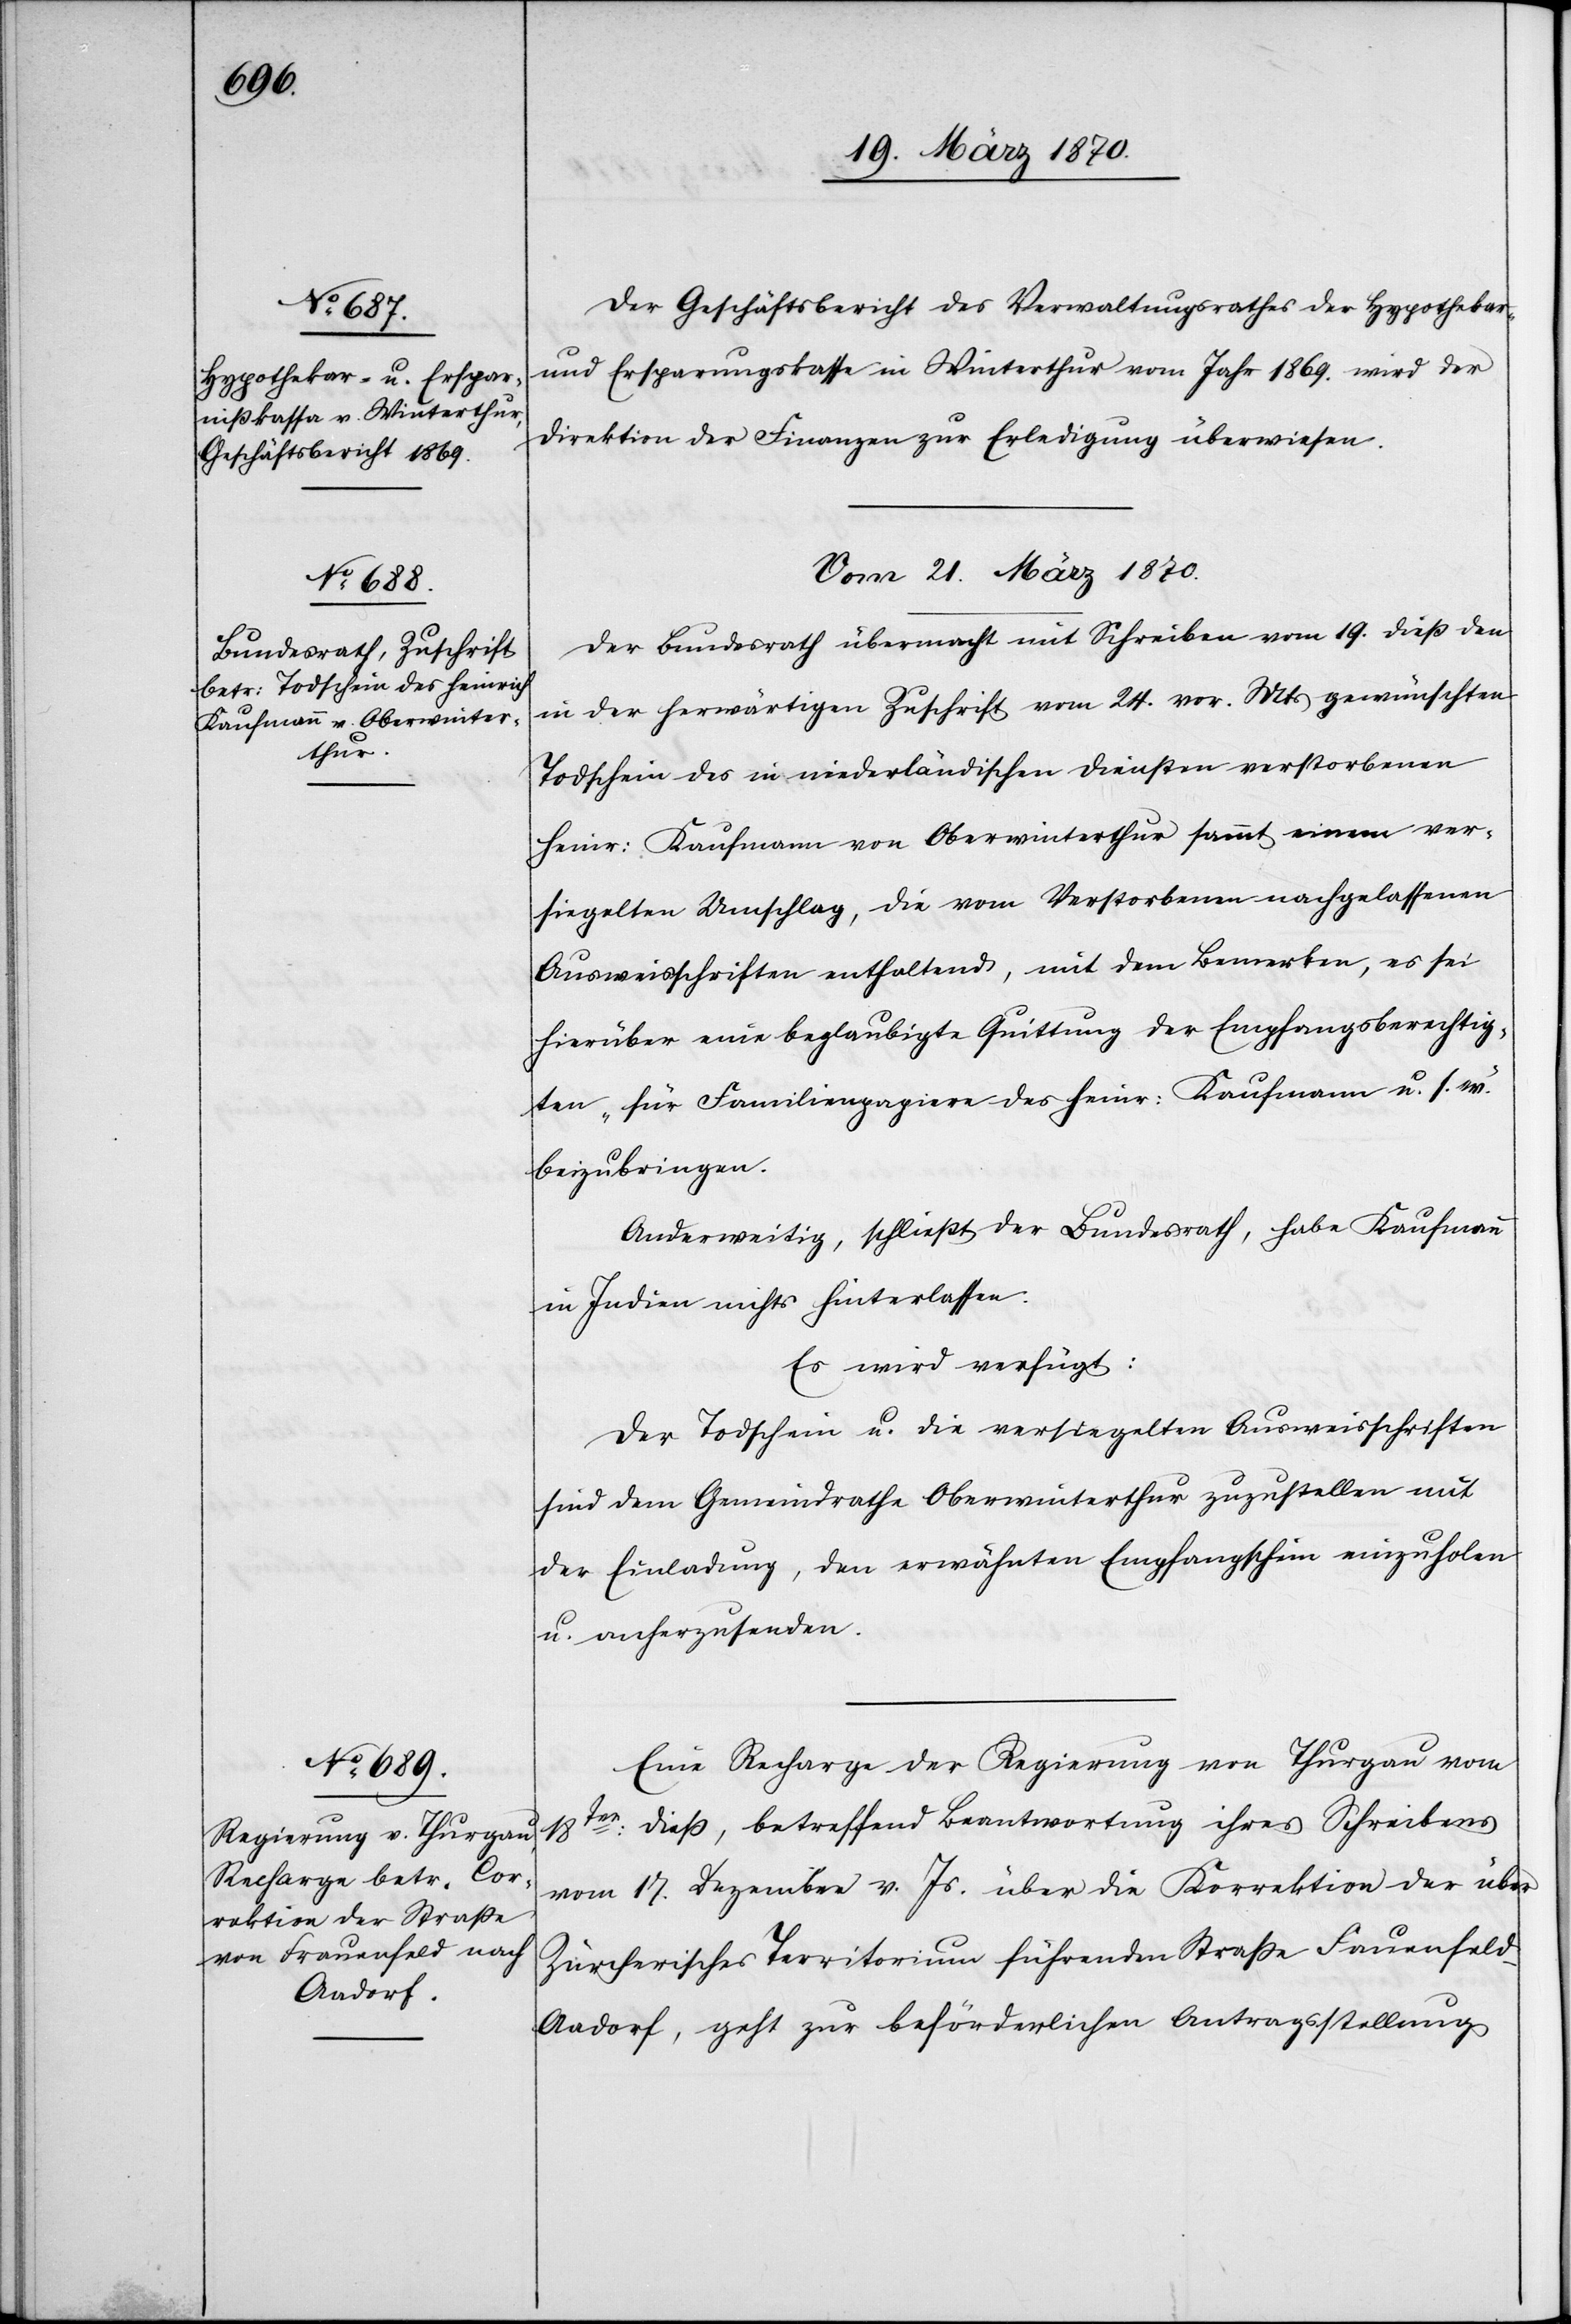
19. März 1870]
Der Geschäftsbericht des Verwaltungsrathes der Hypothekar-
und Ersparungskasse in Winterthur vom Jahr 1869. wird der
Direktion der Finanzen zur Erledigung überwiesen.
Vom 21. März 1870.]
Der Bundesrath übermacht mit Schreiben vom 19. dieß den
in der herwärtigen Zuschrift vom 24. vor. Mts gewünschten
Todschein des in niederländischen Diensten verstorbenen
Heinr: Kaufmann von Oberwinterthur sammt einem ver¬
siegelten Umschlag, die vom Verstorbenen nachgelassenen
Ausweisschriften enthaltend, mit dem Bemerken, es sei
hierüber eine beglaubigte Quittung der Empfangsberechtig¬
ung „für Familienpapiere des Heinr: Kaufmann u. s. w.“
beizubringen.
Anderweitig, schließt der Bundesrath, habe Kaufmann
in Indien nichts hinterlassen.
Es wird verfügt:
Der Todschein u. die versiegelten Ausweisschriften
sind dem Gemeindrathe Oberwinterthur zuzustellen mit
der Einladung, den erwähnten Empfangschein einzuholen
u. anherzusenden.
Eine Recharge der Regierung von Thurgau vom
18ten: dieß, betreffend Beantwortung ihres Schreibens
vom 17. Dezember v. Js. über die Korrektion der über
Zürcherisches Territorium führenden Straße Frauenfeld–A¬
adorf, geht zur beförderlichen Antragstellung